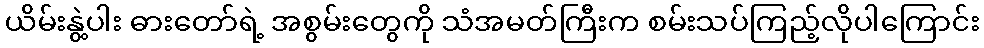
ယိမ်းနွဲ့ပါး ဓားတော်ရဲ့ အစွမ်းတွေကို သံအမတ်ကြီးက စမ်းသပ်ကြည့်လိုပါကြောင်း